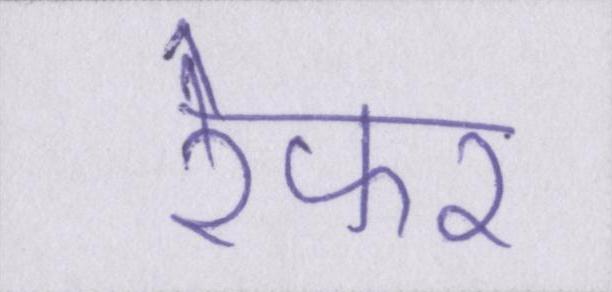
रेफर